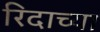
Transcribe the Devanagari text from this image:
रिदाच्या